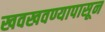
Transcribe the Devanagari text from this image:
खवखवण्यापासून